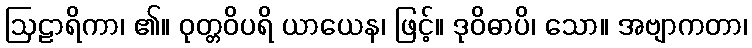
ဩဠာရိကာ၊ ၏။ ဝုတ္တဝိပရိ ယာယေန၊ ဖြင့်။ ဒုဝိဓာပိ၊ သော။ အဗျာကတာ၊